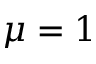
\mu = 1